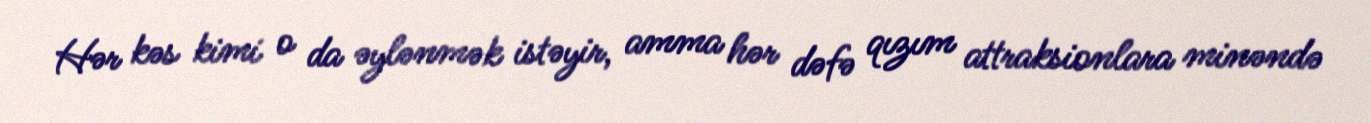
Hər kəs kimi o da əylənmək istəyir, amma hər dəfə qızım attraksionlara minəndə